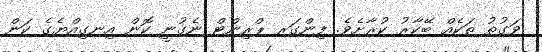
ވަގުތު ތަކެއް ބޭކާރު ކުރާށެވެ. ފިންގަރ ޕްރިންޓް ނެގުނީ ކޮން އިނގިއްޔެގެ ކަން